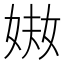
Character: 𡝈